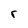
Character: r